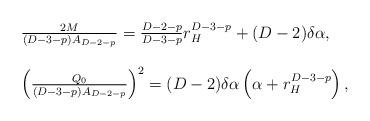
LaTeX: \begin{align*}\begin{array}{l}\frac{2M}{(D-3-p)A_{D-2-p}}=\frac{D-2-p}{D-3-p}r_{H}^{D-3-p}+(D-2)\delta \alpha,\\\\\left(\frac{Q_{0}}{(D-3-p)A_{D-2-p}}\right)^{2}=(D-2)\delta \alpha \left(\alpha+r_{H}^{D-3-p}\right),\end{array}\end{align*}